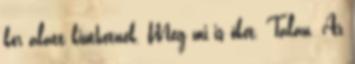
kör alatt kiüthetnek. Meg mi is őket. Talán. Az